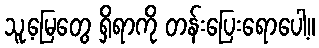
သူ့မြေတွေ ရှိရာကို တန်းပြေးရောပေါ့။